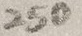
Text: 250